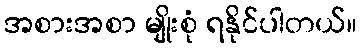
အစားအစာ မျိုးစုံ ရနိုင်ပါတယ်။